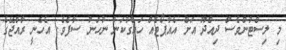
މި ލިސްޓުންވެސް ދިއްދޫ އަށް އެއާޕޯޓެއް ހައްގުކަން ނުހަނު ސާފެވެ. އެހެނީ ރާއްޖޭގެ